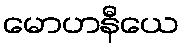
မောဟနီယေ